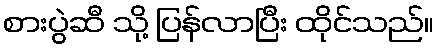
စားပွဲဆီ သို့ ပြန်လာပြီး ထိုင်သည်။